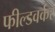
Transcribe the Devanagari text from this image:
फील्डवर्कर